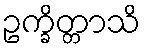
ဥက္ခိတ္တာသိ